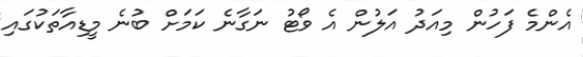
އެންމެ ފަހުން މިއަދު އަލުން އެ ވޯޓު ނަގާނެ ކަމަށް ބުނެ މީޑިއާތަކުގައި